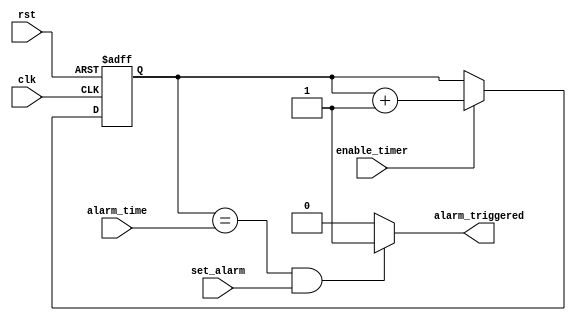
module rtc_timer (
   input wire clk,
   input wire rst,
   input wire enable_timer,
   input wire set_alarm,
   input wire [31:0] alarm_time,
   output reg alarm_triggered
);

// Counter module to keep track of the current time
reg [31:0] current_time;
always @(posedge clk or posedge rst) begin
   if (rst) begin
      current_time <= 32'h0;
   end else if (enable_timer) begin
      current_time <= current_time + 1;
   end
end

// Comparator to check if the alarm time has been reached
always @* begin
   if (current_time == alarm_time && set_alarm) begin
      alarm_triggered = 1;
   end else begin
      alarm_triggered = 0;
   end
end

// Synchronization and updating control block
always @(posedge clk or posedge rst) begin
   if (rst) begin
      // Initialize values
   end else begin
      // Update time registers
   end
end

endmodule